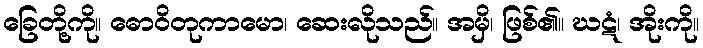
ခြေတို့ကို။ ဓောဝိတုကာမော၊ ဆေးလိုသည်။ အမှိ၊ ဖြစ်၏။ ဃဋံ၊ အိုးကို။